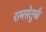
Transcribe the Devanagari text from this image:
रामसेतूची